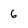
Character: 6